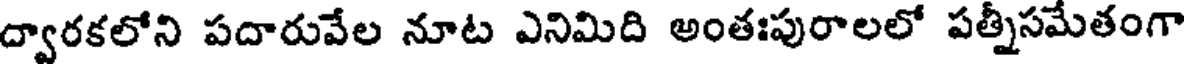
ద్వారకలోని పదారువేల నూట ఎనిమిది అంతఃపురాలలో పత్నీసమేతంగా